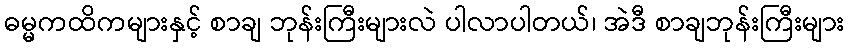
ဓမ္မကထိကများနှင့် စာချ ဘုန်းကြီးများလဲ ပါလာပါတယ်၊ အဲဒီ စာချဘုန်းကြီးများ